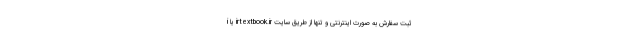
ثبت سفارش به صورت اینترنتی و تنها از طریق سایت irtextbook.ir یا i